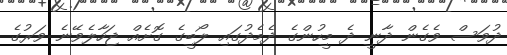
ދުވަސް ވެގެން ދާނީ ދެ މީހުންގެ ދެމެދުގައި ލޯބީގެ ގޮށެއް ޖަހާލެވޭނެ ވަރުގެ